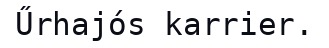
Űrhajós karrier.